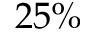
2 5 \%